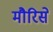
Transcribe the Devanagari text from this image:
मौरिसे